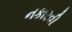
નકારવી